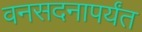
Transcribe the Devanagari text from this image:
वनसदनापर्यंत